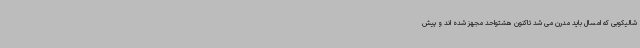
شالیکوبی که امسال باید مدرن می شد تاکنون هشتواحد مجهز شده اند و پیش